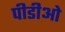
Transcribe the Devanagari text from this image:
पीडीओ